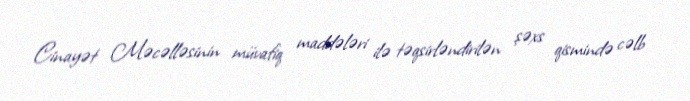
Cinayət Məcəlləsinin müvafiq maddələri ilə təqsirləndirilən şəxs qismində cəlb